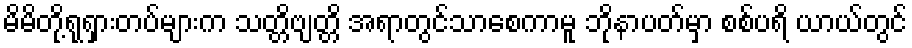
မိမိတို့ရုရှားတပ်များက သတ္တိဗျတ္တိ အရာတွင်သာစေကာမူ ဘိုနာပတ်မှာ စစ်ပရိ ယာယ်တွင်